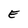
Character: E